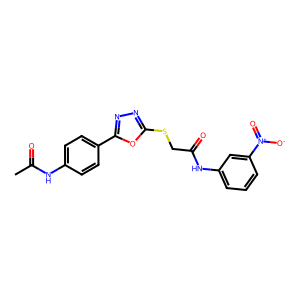
SMILES: CC(=O)Nc1ccc(-c2nnc(SCC(=O)Nc3cccc([N+](=O)[O-])c3)o2)cc1
Inhibits HIV replication: No